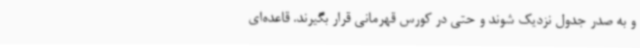
و به صدر جدول نزدیک شوند و حتی در کورس قهرمانی قرار بگیرند. قاعده‌ای